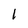
Character: 1